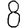
Digit: 8